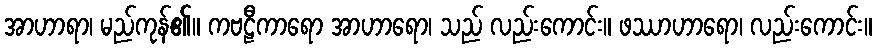
အာဟာရာ၊ မည်ကုန်၏။ ကဗဠီကာရော အာဟာရော၊ သည် လည်းကောင်း။ ဖဿာဟာရော၊ လည်းကောင်း။